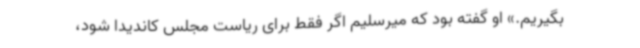
بگیریم.» او گفته بود که میرسلیم اگر فقط برای ریاست مجلس کاندیدا شود،